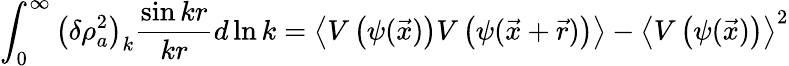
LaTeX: \int_{0}^{\infty}\left(\delta\rho_{a}^{2}\right)_{k}\frac{\sin{kr}}{kr}d\ln k=\left\langle V\left(\psi(\vec{x})\right)V\left(\psi(\vec{x}+\vec{r})\right)\right\rangle-\left\langle V\left(\psi(\vec{x})\right)\right\rangle^{2}